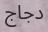
دجاج